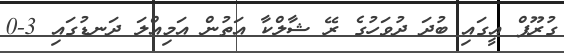
ގުރޫޕް އީގައި ބުދަ ދުވަހުގެ ރޭ ޝާލްކާ އަތުން އަމިއްލަ ދަނޑުގައި 3-0